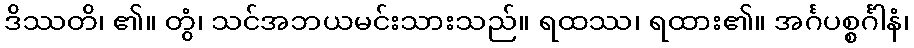
ဒိဿတိ၊ ၏။ တွံ၊ သင်အဘယမင်းသားသည်။ ရထဿ၊ ရထား၏။ အင်္ဂပစ္စင်္ဂါနံ၊